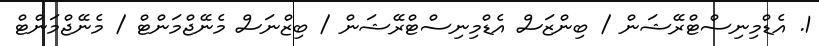
1. އެޑްމިނިސްޓްރޭޝަން / ބިންޒަސް އެޑްމިނިސްޓްރޭޝަން / ބިޒްނަސް މެނޭޖްމަންޓް / މެނޭޖްމަންޓް